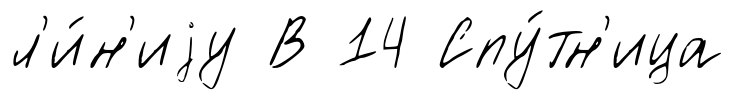
л'и́н'иjу В 14 Спу́тн'ица